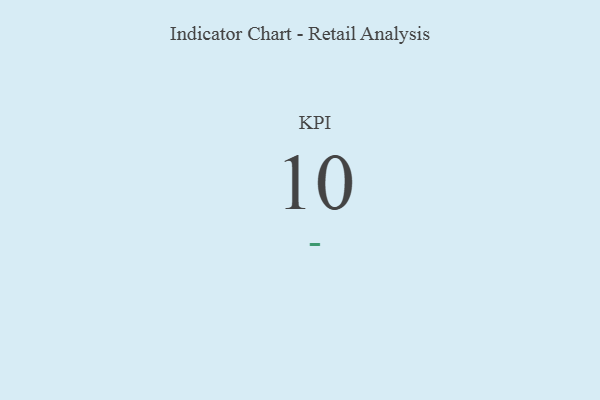
{"axis": {"x": "KPI", "y": "Value"}, "legend": [""], "data": [{"x": "KPI", "y": 10, "type": ""}]}